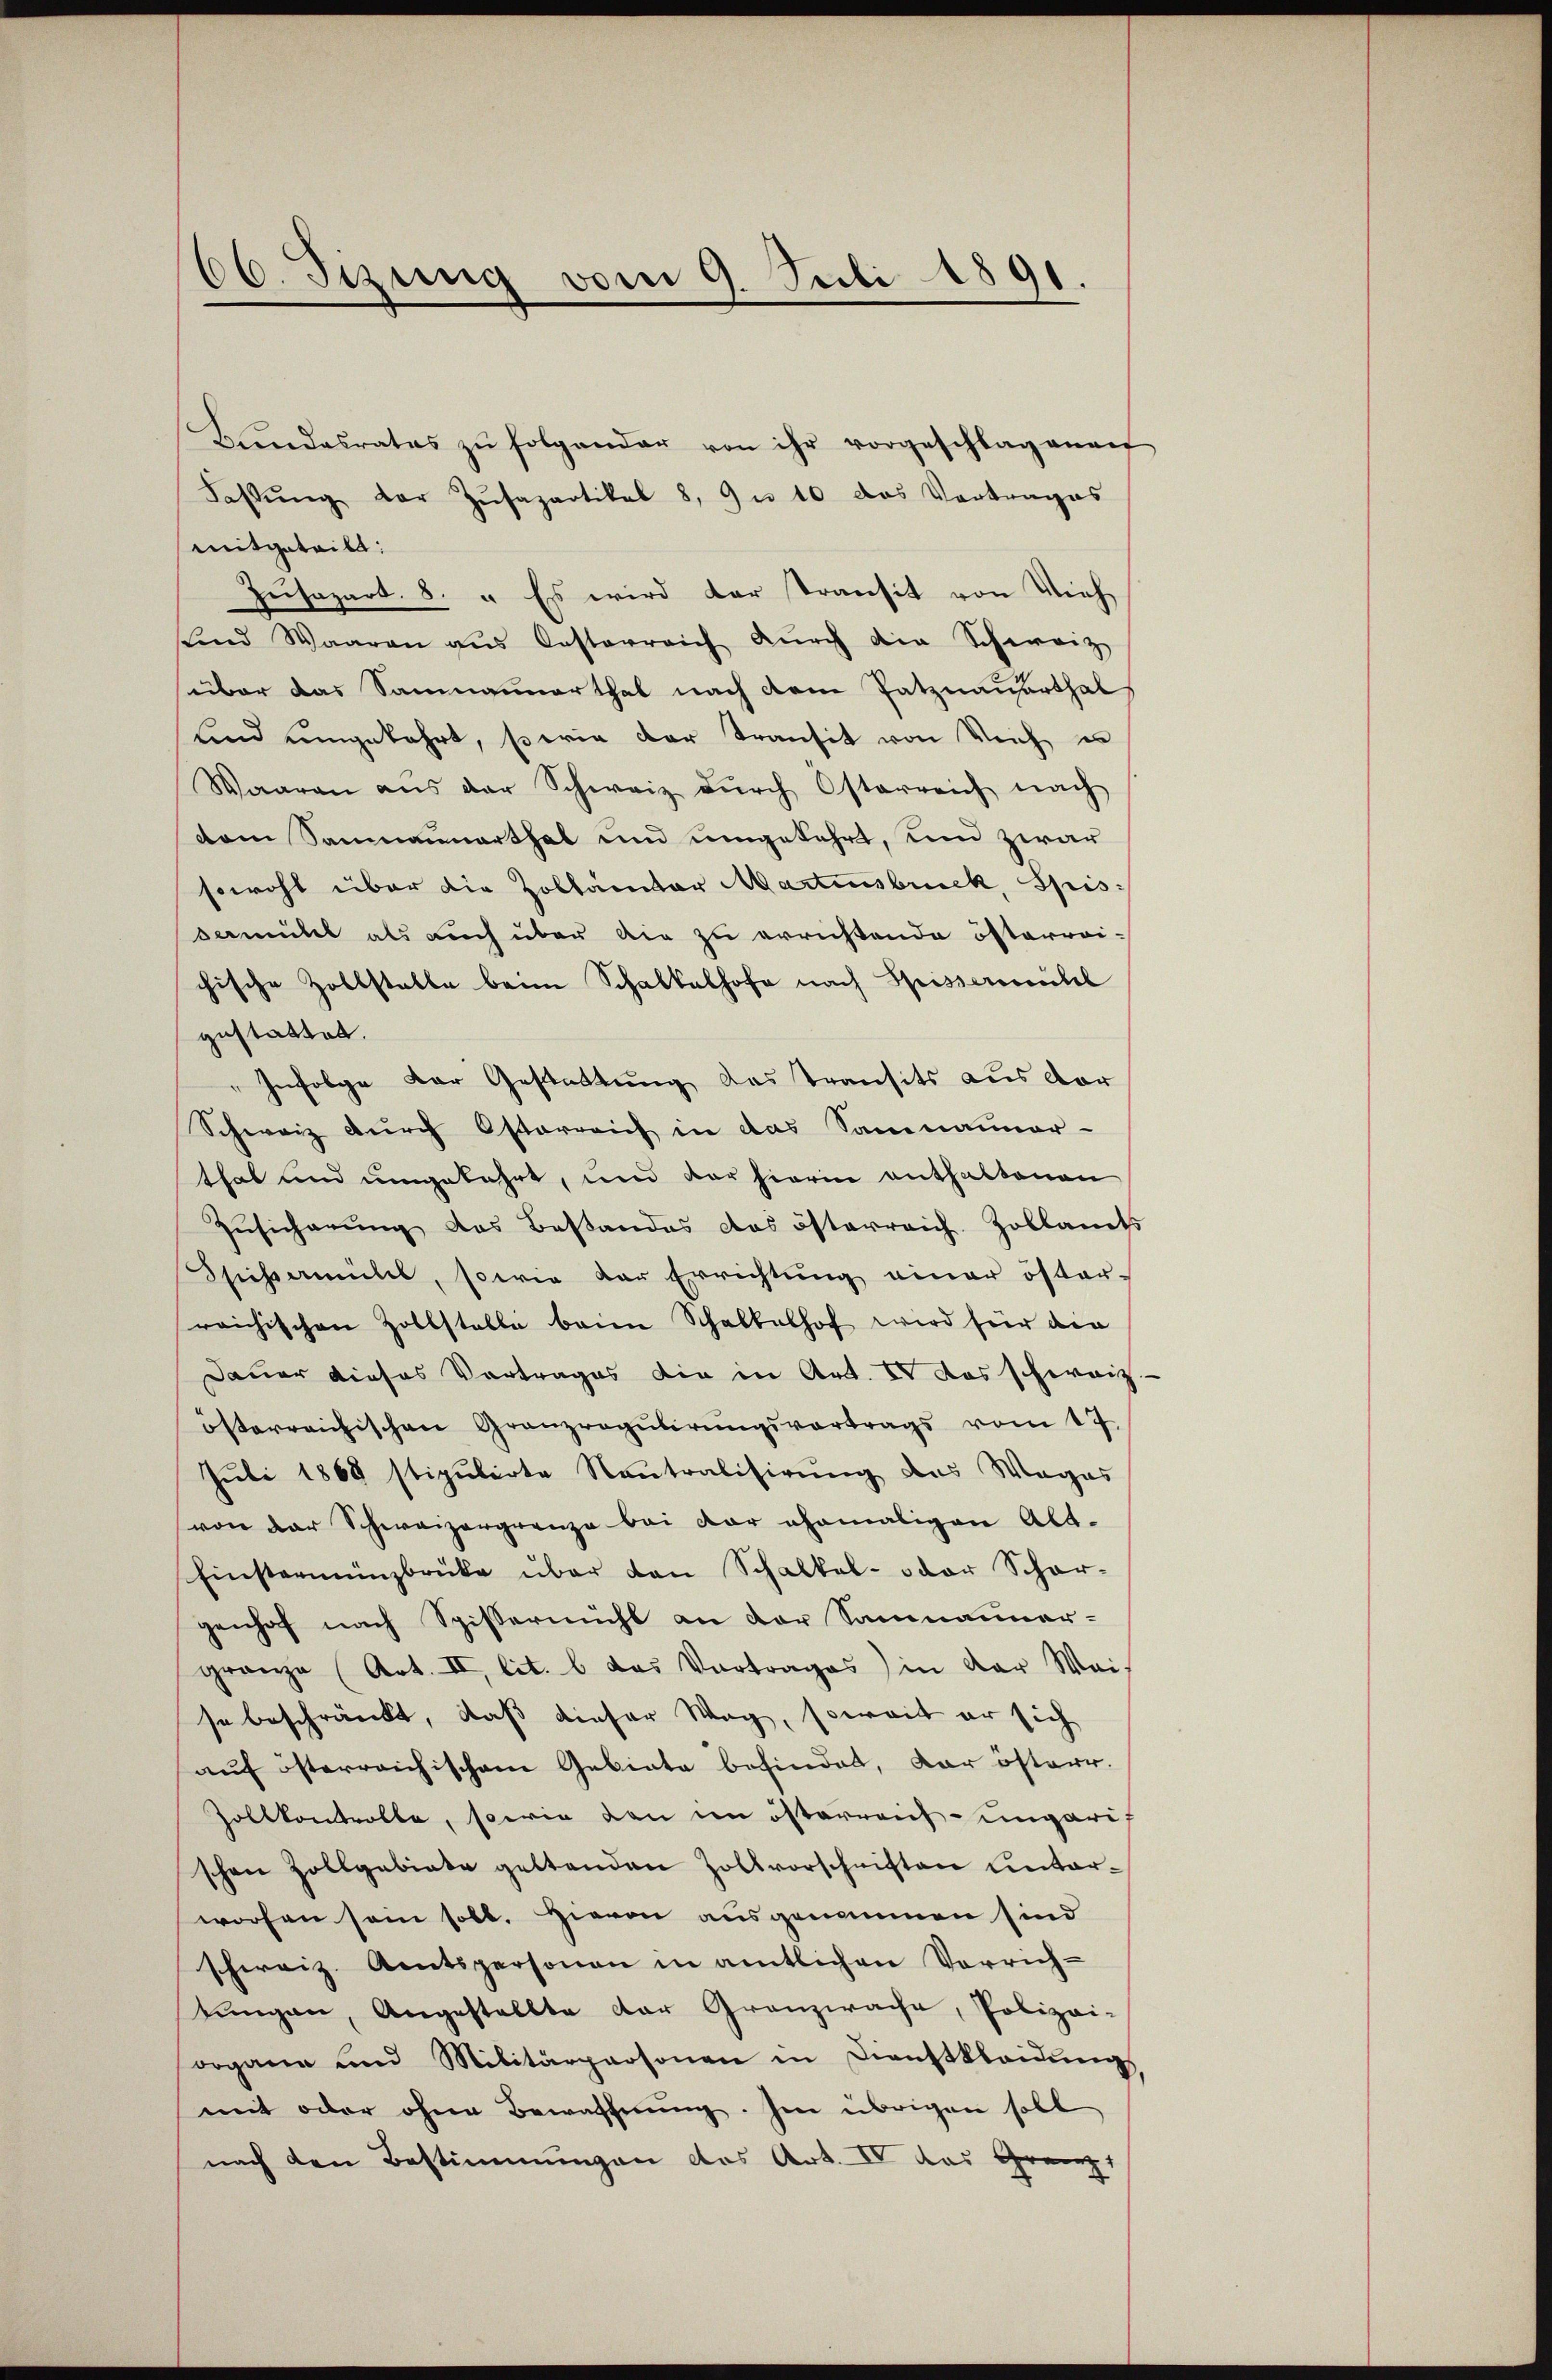
66. Sizung vom 9. Juli 1891.

Bŭndesrates zŭ folgender von ihr vorgeschlagenen
Fassŭng der Zŭsapartikel 8. u 10 das Vortrages
mitgeteilt:
Zŭsapart. 8. " Es wird der Transit von Vieh
sund Waaren aus Oesterreich dŭrch die Schweiz
über das Saumannerthal nach dem Patznauerthal
sind umgekehrt, so wie der Transit von Reich un
Waaren aus der Schweiz dŭrch Osterreich nach
dem Samnaunarthal und umgekehrt, und zwar
sowohl über die Zollator Martensbruck, Spis:
vemühel als auch über die zu errichtende österrei-
chische Zollstalle beim Schalkalhofe nach Spissermühl
gestattet.
"Infolge der Gestattung das Transits aus der
Schweiz durch Osterreich in das Samnauner-
that und umgekehrt, und der hierin enthaltenen
Zŭsicherŭng des Bestandes das österreich. Zollamts
Stichsammel, sowie der Errichtŭng einer öster-
raichischen Zollstalle beim Schalbelhof wird für die
Dauer dieses Vortrages die in Art. IV das schweiz
österreichischen Grauzrogŭbirŭngsvortrags vom 17.
Juli 1868 stipulirte Neutralisirung des Weges
von der Schweizergrenze bei der ehemaligen Alt-
Einstermünzbrüke über den Schalkal- oder Schar-
genhof nach Spissermühl an der Sammanner-
gränze (Art. II, lit. b. das Vortrages) in der Wei
se beschränkt, daß dieser Weg, soweit er sich
auf österreichischem Gebiete befindet, der österr.
Zollkontrolle, sowie den im österreich-ungarif
schen Zollgebiete geltenden Zollvorschriften unterworfen sein soll. Hievon ausgenommen sind
schweiz. Amtspersonen in amtlichen Vorrich-
tungen, Angestellte der Granzwache, Polizei-
organe und Militärpersonen in Dienstkleidŭng
mit oder ohne Bewaffnung. Im übrigen soll
nach den Bestimmungen des Art. IV das Grenz